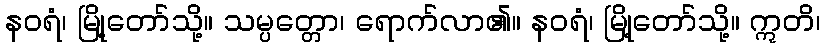
နဝရံ၊ မြို့တော်သို့။ သမ္ပတ္တော၊ ရောက်လာ၏။ နဝရံ၊ မြို့တော်သို့။ ဣတိ၊